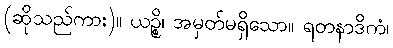
(ဆိုသည်ကား)။ ယဉ္စိ၊ အမှတ်မရှိသော။ ရတနာဒိကံ၊